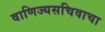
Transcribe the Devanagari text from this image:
वाणिज्यसचिवाचा